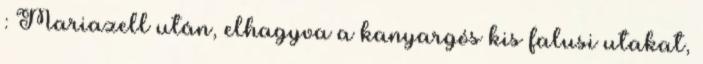
: Mariazell után, elhagyva a kanyargós kis falusi utakat,